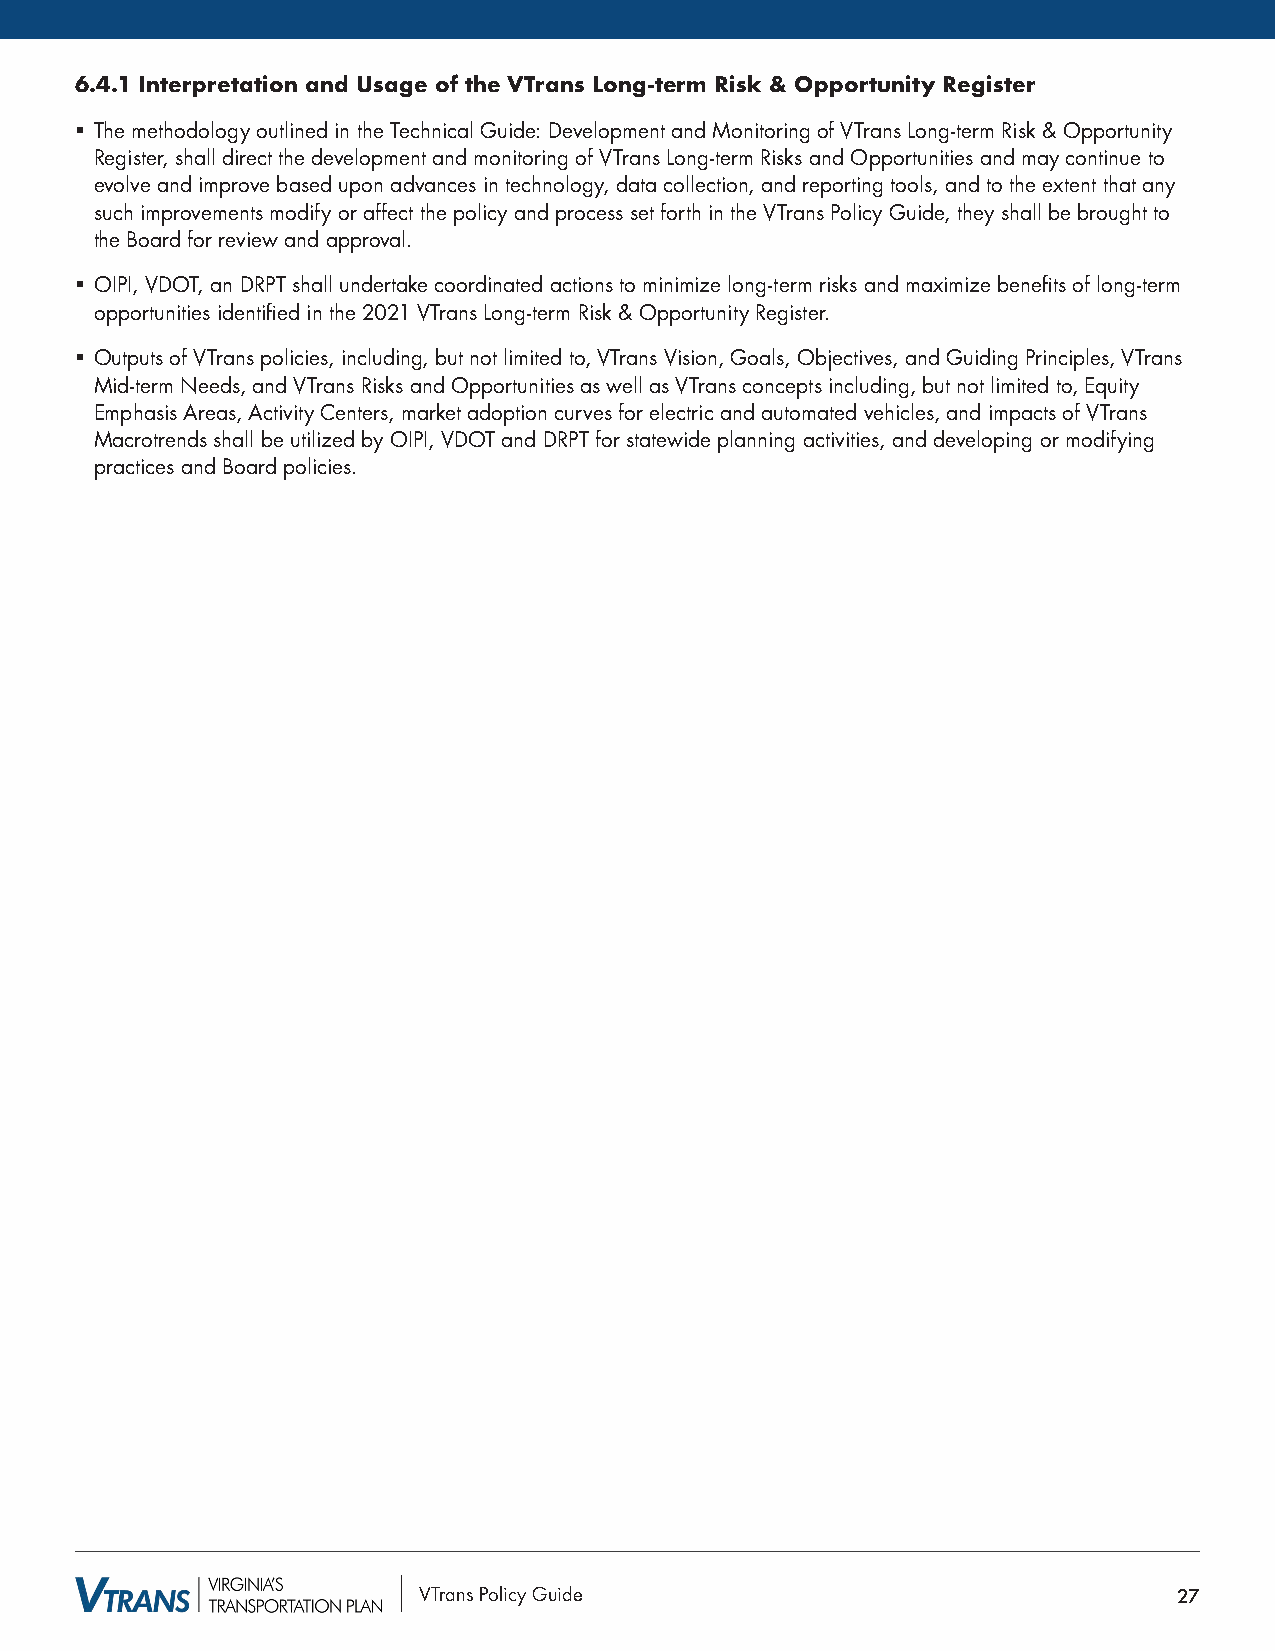
6.4.1 Interpretation and Usage of the VTrans Long-term Risk & Opportunity Register
 § The methodology outlined in the Technical Guide: Development and Monitoring of VTrans Long-term Risk & Opportunity
 Register, shall direct the development and monitoring of VTrans Long-term Risks and Opportunities and may continue to
 evolve and improve based upon advances in technology, data collection, and reporting tools, and to the extent that any
 such improvements modify or affect the policy and process set forth in the VTrans Policy Guide, they shall be brought to
 the Board for review and approval.
 § OIPI, VDOT, an DRPT shall undertake coordinated actions to minimize long-term risks and maximize benefits of long-term
 opportunities identified in the 2021 VTrans Long-term Risk & Opportunity Register.
 § Outputs of VTrans policies, including, but not limited to, VTrans Vision, Goals, Objectives, and Guiding Principles, VTrans
 Mid-term Needs, and VTrans Risks and Opportunities as well as VTrans concepts including, but not limited to, Equity
 Emphasis Areas, Activity Centers, market adoption curves for electric and automated vehicles, and impacts of VTrans
 Macrotrends shall be utilized by OIPI, VDOT and DRPT for statewide planning activities, and developing or modifying
 practices and Board policies.
 VTrans Policy Guide                               27